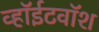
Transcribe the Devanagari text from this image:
व्हॉईटवॉश